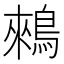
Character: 鶆